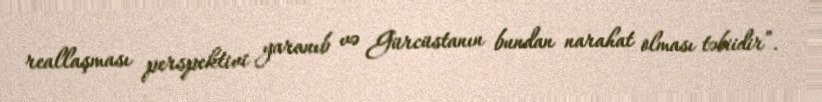
reallaşması perspektivi yaranıb və Gürcüstanın bundan narahat olması təbiidir”.